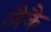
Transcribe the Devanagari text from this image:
लैकै